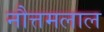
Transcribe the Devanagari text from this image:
नौत्तमलाल